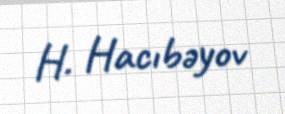
H. Hacıbəyov